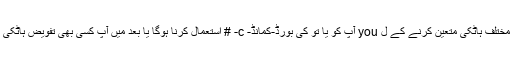
اس محفوظ شدہ دستاویزات کے لئے ایک مختلف ہاٹکی متعین کرنے کے ل you آپ کو یا تو کی بورڈ-کمانڈ- c- # استعمال کرنا ہوگا یا بعد میں آپ کسی بھی تفویض ہاٹکی کو کلپ براؤزر سے تبدیل کرسکتے ہیں۔